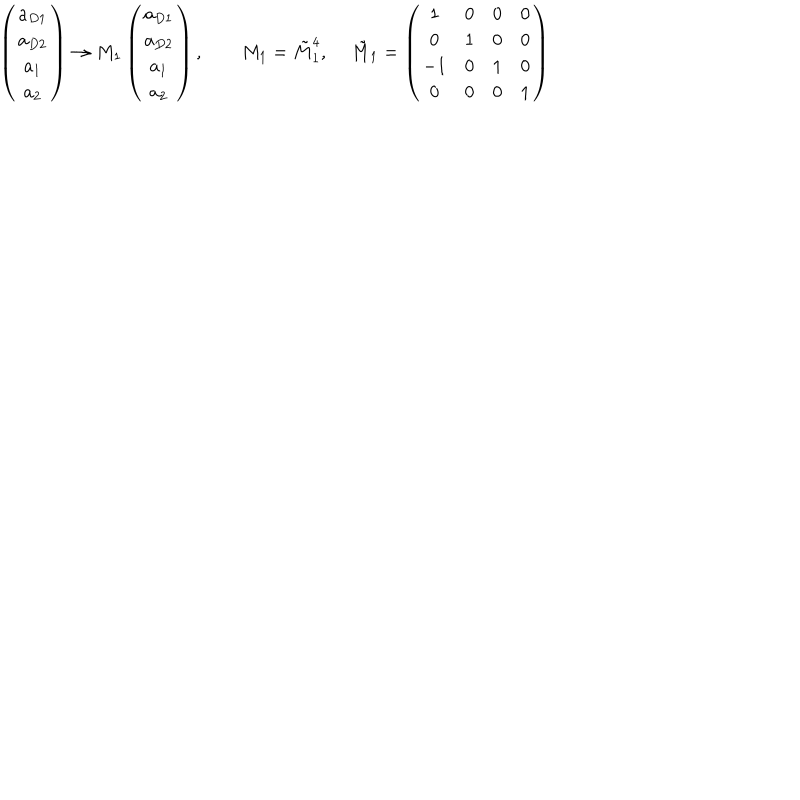
\left( \begin{matrix} { { a _ { D 1 } } } \\ { { a _ { D 2 } } } \\ { { a _ { 1 } } } \\ { { a _ { 2 } } } \\ \end{matrix} \right) \to M _ { 1 } \left( \begin{matrix} { { a _ { D 1 } } } \\ { { a _ { D 2 } } } \\ { { a _ { 1 } } } \\ { { a _ { 2 } } } \\ \end{matrix} \right) , \qquad M _ { 1 } = { \tilde { M } } _ { 1 } ^ { 4 } , \quad \, { \tilde { M } } _ { 1 } = \left( \begin{matrix} { { 1 } } & { { 0 } } & { { 0 } } & { { 0 } } \\ { { 0 } } & { { 1 } } & { { 0 } } & { { 0 } } \\ { { - 1 } } & { { 0 } } & { { 1 } } & { { 0 } } \\ { { 0 } } & { { 0 } } & { { 0 } } & { { 1 } } \\ \end{matrix} \right)